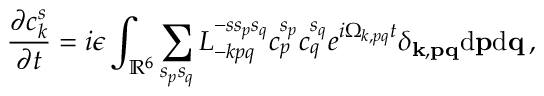
{ \frac { \partial c _ { k } ^ { s } } { \partial t } } = i \epsilon \int _ { \mathbb { R } ^ { 6 } } \sum _ { s _ { p } s _ { q } } L _ { - k p q } ^ { - s s _ { p } s _ { q } } c _ { p } ^ { s _ { p } } c _ { q } ^ { s _ { q } } e ^ { i \Omega _ { k , p q } t } \delta _ { { \bf k } , { \bf p } { \bf q } } \mathrm { d } { \bf p } \mathrm { d } { \bf q } \, ,